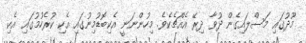
މޫދުގައި މަސްލައިގެން ދުވާ ދިރޭ އެއްޗެކެވެ. މިހުންނަނީ އެކިބޮޑުމިނުގައި އެކި ކުރެހުމުގައި އެކި